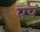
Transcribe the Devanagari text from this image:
पपं